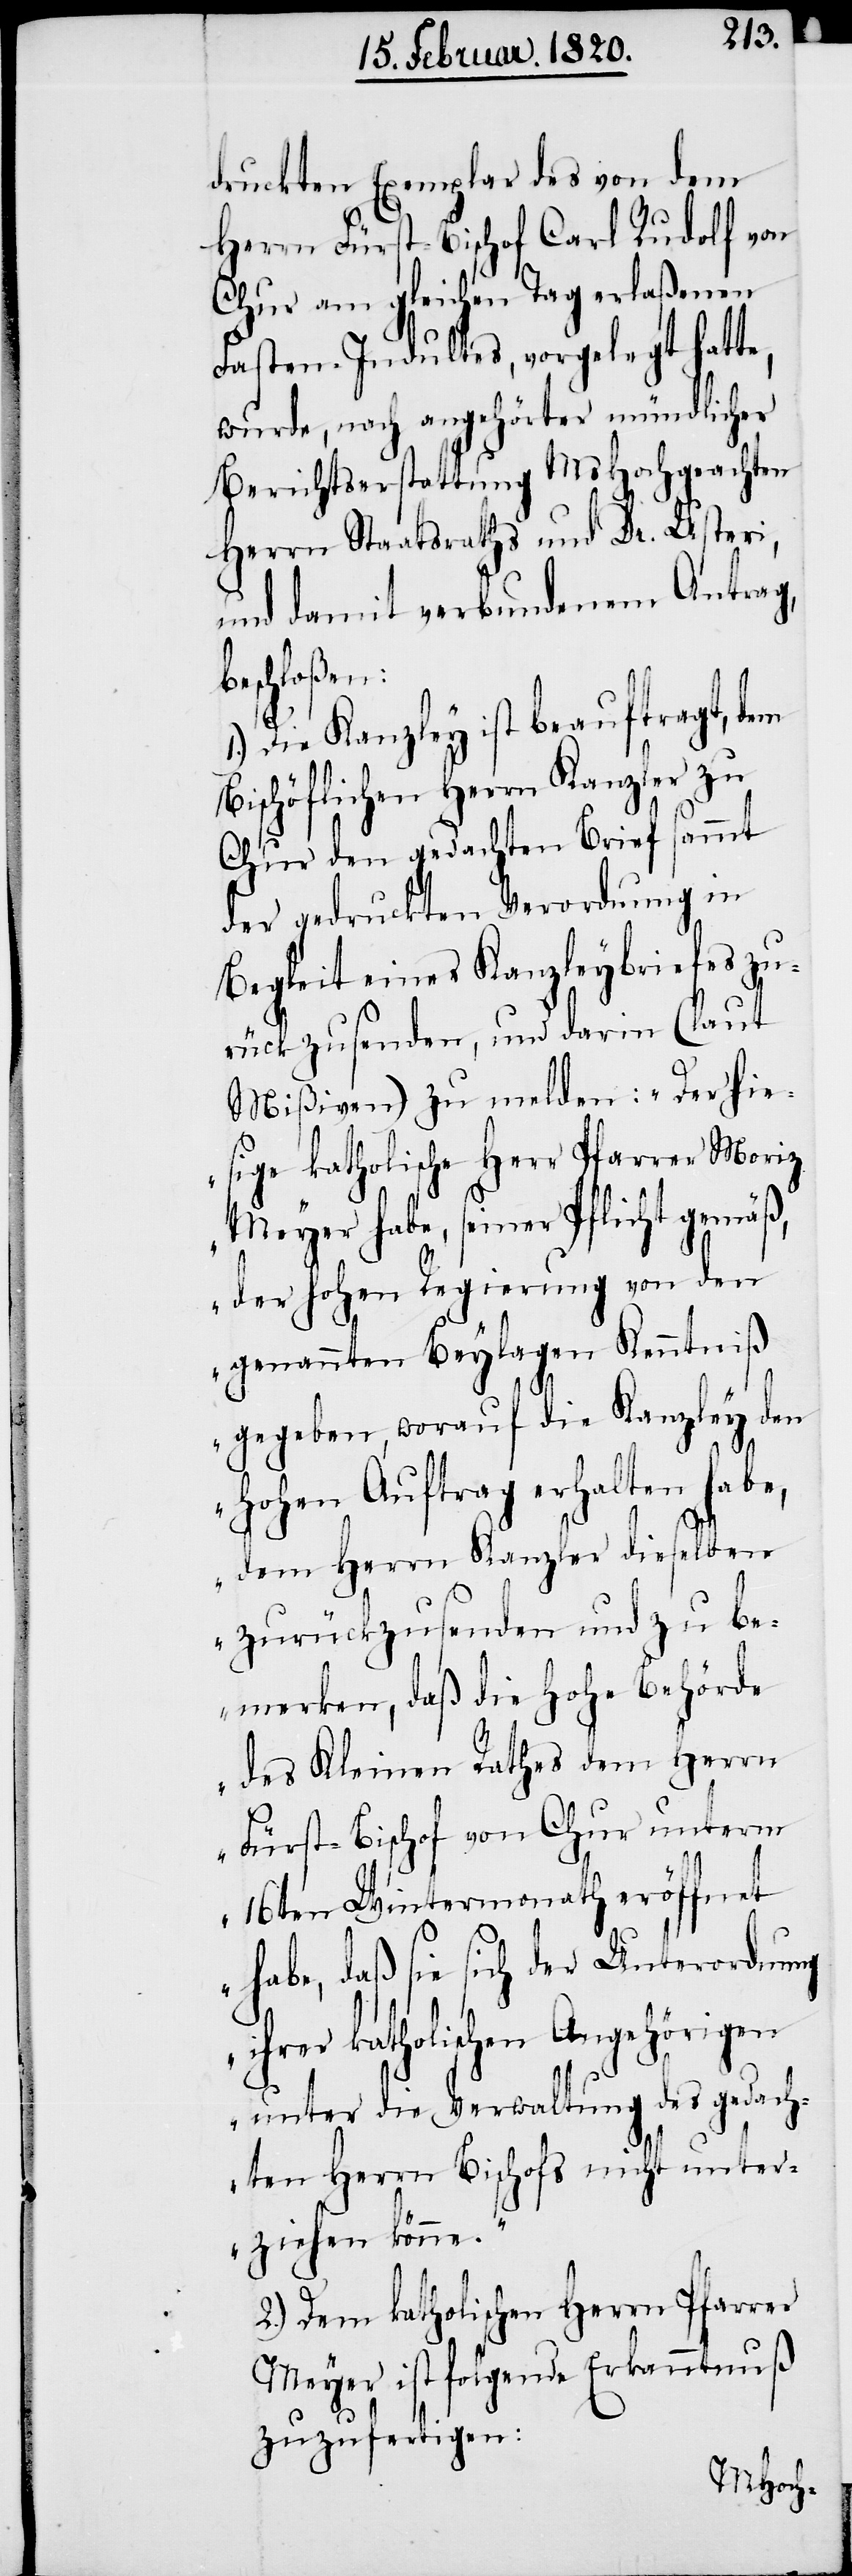
b¬
druckten Exemplar des von dem
Herrn Fürst-Bischof Carl Rudolf von
Chur am gleichen Tag erlaßenen
Fasten-Indultes, vorgelegt hatte,
wurde, nach angehörter mündlicher
Berichtserstattung MsHochgeachten
Herrn Staatsraths und Dr. Usteri,
und damit verbundenem Antrag,
eschloßen:
Die Kanzley ist beauftragt, dem
Bischöflichen Herrn Kanzler zu
Chur den gedachten Brief sammt
der gedruckten Verordnung in
Begleit eines Kanzleybriefes zu¬
rückzusenden, und darin (laut
Mißiven) zu melden: „Der hie¬
sige katholische Herr Pfarrer Moriz
Meyer habe, seiner Pflicht gemäß,
der hohen Regierung von den
genannten Beylagen Kenntniß
gegeben, worauf die Kanzley den
Hohen Auftrag erhalten habe,
dem Herrn Kanzler dieselben
zurückzusenden und zu be¬
merken, daß die Hohe Behörde
des Kleinen Rathes dem Herrn
Fürst-Bischof von Chur unterm
16ten Wintermonath eröffnet
habe, daß sie sich der Unterordnung
ihrer katholischen Angehörigen
unter die Verwaltung des gedach¬
ten Herrn Bischofs nicht unter¬
ziehen könne.“
2.) Dem katholischen Herrn Pfarrer
Meyer ist folgende Erkanntnuß
zuzufertigen: